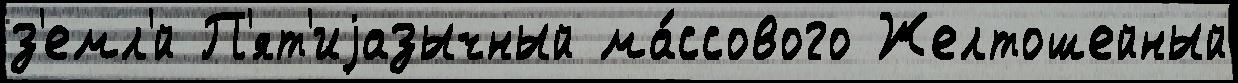
з'емл'́й П'ят'иjазычный ма́ссового Желтошейный